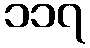
၁၁၇